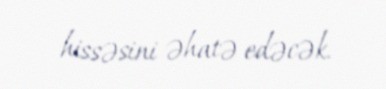
hissəsini əhatə edəcək.